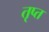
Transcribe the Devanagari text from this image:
तृप्‍त